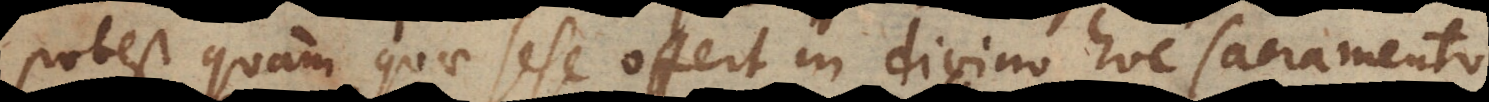
potest quam quae sese offert in divino hoc sacramento